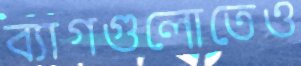
ব্যাগগুলোতেও